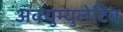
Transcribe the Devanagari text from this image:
अक्युम्युलेटिव